Vital statistics of India. Vol. IV, Annual returns from 1871 to 1876. British Army of India, Native Army and jails of Bengal
Year: 1871
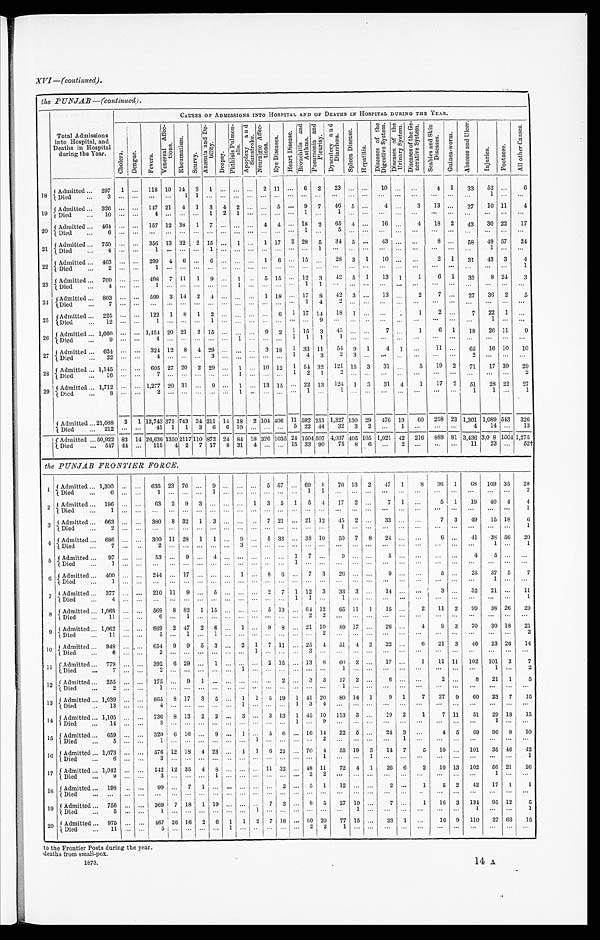
XVI —(continued).
the PUNJAB—(continued).
Total Admissions
into Hospital, and
Deaths in Hospital
during the Year.
CAUSES OF ADMISSIONS INTO HOSPITAL AND OF DEATHS IN HOSPITAL DURING TILE YEAR.
Ch o l e r a . De n g u e .
F e v e r s .
V e n e r e a l A f f e c - t i o n s .
R h e u m a t i s m .
S c u r v y . A n æ m i a a n d D e - b i l i t y .
D r o p s y . P h t h i s i s P u l m o n a l i s .
A p o p l e x y a n d S u n s t r o k e . N e u r a l g i c A f f e c t i o n s .
E y e D i s e a s e s .
H e a r t D i s e a s e .
B r o n c h i t i s a n d A s t h m a . P n e u m o n i a a n d P l e u r i s y . D y s e n t e r y a n d D i a r r h œ a .
S p l e e n D i s e a s e .
H e p a t i t i s .
D i s e a s e s o f t h e D i g e s t i v e S y s t e m . D i s e a s e s o f t h e U r i n a r y S y s t e m . D i s e a s e s o f t h e G e - p e r a t i v e S y s t e m .
S c a b i e s a n d S k i n D i s e a s e s .
G u i n e a - w o r m .
A b s c e s s a n d U l c e r .
I n j u r i e s . F o o t s o r e .
A l l o t h e r C a u s e s .
1 8 Admitted . . . 297 1 . . . 118 10 14 3 1
. . . . . . . . . 2 11
. . . 6 2 23
. . .
. . . 10
. . . . . .
. . .
4 1 33 52
. . . 6
Died . . .
3 . . .
. . .
. . . . . . 1 1 . . . . . . . . . . . . . . .
. . . . . . . . . . . .
. . . . . . . . . . . .
. . .
. . . . . . . . .
. . .
1
. . .
. . .
19 Admitted . . . 326 . . . . . . 1 147 21 4 1 3 4 2
. . . . . . 5
. . . 9 7 46 5
. . . 4
. . . 3 13 . . . 27 10 11
4
Died . . .
10 . . . . . . 4
. . . . . . . . . 1 2 1
. . . . . . . . .
. . . 1
. . . 1
. . . . . .
. . . . . . . . .
. . . . . .
. . .
. . .
. . .
. . .
20 Admitted . . . 464 . . . . . . 157 12 38 1 7
. . . . . . . . . 4 4
. . . 18 2 65 4
. . . 16
. . . 4 18 2 43 30 22 17
Died . . .
6 . . . . . . . . .
. . . . . . . . . . . . . . . . . . . . . . . . . . . . . . 1
. . . 5
. . . . . .
. . . . . . . . .
. . . . . . . . . . . .
. . .
. . .
2 1 Admitted . . . 750 . . . . . . 356 13 32 2 15
. . . 1
. . . 1 17 2 28 5 34 5
. . . 43
. . . . . .
8 . . . 58 49 5 7 24
Died . . .
4 . . . . . .
1 . . . . . . . . . 1 . . . . . . . . . . . .
. . . . . .
. . . 1 . . . . . . . . . . . .
. . . . . .
. . . . . .
. . . 1
. . .
. . .
2 2 Admitted . . . 463 . . . . . . 299 4 6
. . . 6
. . . . . . . . . 1 6
. . . 15
. . . 28 3 1 10
. . .
. . .
2 1 31 43 3
4
Died . . .
2 . . . . . .
1 . . . . . . . . . . . . . . . . . . . . . . . . . . . . . . . . . . . .
. . .
. . . . . .
. . . . . . . . .
. . . . . .
. . .
. . .
. . .
1
2 3 Admitted . . . 700 . . . . . . 498 7 11 1 9 . . . 1
. . . 5 15 . . . 12 3 42 5 1 13 1
1
6 1 33
8 24
3
Died . . .
4 . . . . . .
1
. . . . . . . . . . . . . . . 1 . . . . . .
. . . . . . 1
1 . . . . . . . . .
. . . . . .
. . .
. . .
. . .
. . .
. . .
. . .
. . .
2 4 Admitted . . . 803 . . . . . . 599 3 14 2
4 . . . . . . . . . 1 18
. . . 17 8 42 3
. . . 13
. . . 2
7 . . . 27 36 2
5
Died . . .
7 . . .. . .
. . . . . . . . . . . . . . . . . . . . . . . . . . .
. . . . . . 1
4 2
. . . . . .
. . . . . .
. . .
. . . . . .
. . .
. . .
. . .
. . .
2 5 Admitted . . .
225 . . . . . . 122 1 8 1 2
. . . . . . . . . . . . 6 1 17 14 18 1
. . . . . .
. . . 1
2 . . . 7 22 1
. . .
Died . . .
12 . . . . . .
1
. . . . . .
. . . 1 . . . . . . . . . . . . . . . . . . . . . 9 . . . . . . . . . . . .
. . . . . .
. . . . . .
. . .
1
. . . . . .
26 Admitted . . . 1,666 . . . . . . 1,454 20 21 2 15 . . . . . . . . . 9 2 1 15 3 45 . . . . . . 7
. . . 1
6 1 18 26 11
9
Died . . .
9 . . . . . .
4 . . . . . . . . . . . . . . . 1 . . . . . . . . . 1 1 1
1
. . . . . .
. . . . . .
. . .
. . . . . .
. . .
. . .
. . .
. . .
27
Admitted . . . 624 . . . . . . 324 12 8 4 29
. . . . . . . . . 3 18 1 33 11
5 4 9 1
4 1
. . . 11 . . . 65 16 10 10
Died . . .
22 . . . . . .
4 . . . . . . . . . 3 . . . . . . . . . . . .
. . . 1 4
3 2
3 . . .
. . . . . .
. . . . . . . . . 2 . . . . . .
. . .
2 8 Admitted . . . 1,145 . . . . . . 605 27 20 2 29
. . . 1
. . . 10 12 1 54 32 121 15 3 31
. . . 5 19 2 71 17 39 29
Died . . .
16 . . . . . .
7 . . . . . . . . . . . . . . . 1
. . . . . . . . . 1 2 1
2
. . . . . .
. . .
. . .
. . .
. . . . . .
. . .
. . .
. . .
2
2 9 Admitted . . . 1,712 . . . . . . 1,277 20 31
. . . 9
. . . 1
. . . 13 15
. . . 22 13
1 2 4 1 3 31 4
1 17 2 51 28 22 27
Died . . . 8 . . . . . .
2
. . . . . .
. . . . . . . . . 1 . . . . . .
. . . . . . 1
. . .
1
. . . . . . . . .
. . .
. . .
. . . . . .
1
1
. . . 1
Admitted . . .21,088 2 1 12,743 375 743 34 211 14 18 2 104 406 11 592 251 1,327 130 29 476 19 60 258 23 1,301 1,089 543 320
Died . . .
212 . . . . . . 45 1 1 3 6 6 10
. . . . . . . . . 5 22 44 32 3 2 . . . 1
. . .
. . . . . .
4 14
. . . 13
Admitted . . .50,922 83 14 26,636 1350 2117 110 872 24 84 18 326 1035 24 1504 507 4,037 405 105 1,021 42 216 888 81 3,436 3,0 8 1604 1,275
Died . . .
547 44 . . . 115 4 2 7 17 8 31 4
. . . . . . 15 33 90 75 8 6
. . . 2
. . .
. . . . . . 11 23
. . . 5 2 †
the PUNJAB FRONTIER TIER FORCE.
1 Admitted . . . 1,300 . . . . . . 635 23 76
. . . 9 . . . . . . . . . 5 57
. . . 69
8 70 13 2 47 1
8 36 1 68 109 35 28
Died . . .
6 . . . . . . 1
. . . . . . . . . 1
. . . . . . . . . . . . . . .
. . . 1
1 . . . . . . . . .
. . . . . .
. . .
. . .
. . . . . . . . . . . .
2
2 Admitted . . . 196 . . . . . . 63 2 9 3
. . . . . . . . . 1 3 5 1 5 4 17 2
. . . 7
1
. . .
5 1 19 40 4
4
Died . . .
1 . . .. . .
. . . . . . . . . . . . . . . . . . . . . . . . . . . . . . . . . . . . . . .
. . . . . . . . . . . .
. . .
. . . . . . . . .
. . .
. . .
. . . 1
3 Admitted . . . 663 . . . . . . 380 8 32 1 3
. . . . . . . . . 7 21
. . . 21 12
4 5 2
. . . 33
. . .
. . .
7 3 49 15 18
6
Died . . .
2 . . .. . .
. . . . . . . . . . . . . . . . . . . . . . . . . . .
. . . . . . . . . . . . 1
. . . . . .
. . . . . .
. . .
. . .
. . .
. . .
. . .
. . . 1
4 Admitted . . . 686 . . . . . . 300 11 28 1 1
. . . 9
. . . 5 33
. . . 38 10 50 7 8 24 . . .
. . .
6 . . .
4 1 38 56 20
Died . . .
7 . . . . . . 2
. . . . . . . . . . . . . . . 3
. . . . . .
. . . . . . . . . . . . . . . . . . . . .
. . . . . . . . .
. . . . . .
. . .
1
. . . 1
5 Admitted . . . 97 . . . . . . 53
. . . 9
. . . 4
. . . . . . . . . . . . . . . 1 7
. . . 9
. . . . . .
5 . . .
. . .
. . .
. . . 4 5
. . .
. . .
Died . . .
1 . . . . . . . . .
. . . . . . . . . . . . . . . . . . . . . . . . . . . 1 . . . . . .
. . .
. . . . . .
. . . . . .
. . .
. . . . . .
. . .
. . .
. . . . . .
6
Admitted . . . 400 . . .. . .
2 4 4 . . . 17
. . . . . . . . . 1
. . . 8 6
. . . 7 3 26
. . . . . .
9 . . .
. . . 5 . . . 25 37 5
7
Di t e d . . .
1 . . . . . .
. . . . . . . . . . . . . . . . . . . . . . . . . . . . . . . . . . . . . . .
. . . . . . . . . . . .
. . .
. . .
. . . . . .
. . .
1
. . . . . .
7 Admitted . . . 377 . . . . . . 210 11 9
. . . 5
. . . . . . . . . 2 7 1 12
3 33 3
. . . 14
. . .
. . .
3 . . . 32 21
. . . 11
Died . . .
4 . . .. . .
. . . . . . . . . . . . . . . . . . . . . . . . . . . . . . 1 1
. . . 1
. . . . . .
. . . . . .
. . .
. . . . . .
. . .
. . .
. . .
1
8 Admitted . . . 1,068 . . . . . . 569 8 82 1 15
. . . . . . . . . 5 13
. . . 64 12 65 11 1 15
. . . 2 11 2 99 38 26 2 9
Died . . .
11 . . . . . .
6 . . . 1 . . . . . . . . . . . . . . . . . .
. . . . . . 2
2
. . . . . . . . . . . .
. . . . . .
. . . . . .
. . .
. . .
. . . . . .
9 Admitted . . . 1,062 . . . . . . 669 2 47 2 6
. . . 1
. . . 9 8
. . . 21 10 89 17
. . . 26
. . . 4
9 3 70 30 18 21
Died . . .
11 . . . . . .
5 . . . 1 . . . . . . . . . . . . . . . . . .
. . . . . . . . . 2
. . . . . . . . . . . .
. . .
. . .
. . . . . .
. . .
. . .
. . . 2
10
Ad mi t t e d . . .
Di ed . . . 948 6 . . .
. . . . . .
. . . 654 2 9 . . . 9 . . . 5 . . . 3 . . . . . .
. . . 2 . . . 1 1 7
. . . 11
. . . . . .
. . . 25 . . . 4 . . . 51 . . . 4 . . .
2
. . .
22 . . . . . .
. . .
6
. . .
21
. . .
3
. . .
46 . . .
23
. . .
26 . . .
14
. . .
11 Admitted . . . 779 . . . . . . 392 6 29
. . . 1
. . . . . . . . . 2 15
. . . 13 6
6 0 2
. . . 17
. . . 1 11 11 102 101 3
7
Died . . .
7 . . .. . . 2
. . . . . . . . . . . . . . . 1 . . . . . .
. . . . . . . . . . . . 1
. . .
. . . . . .
. . .
. . .
. . . . . . 1
. . .
2
1 2 Admitted . . . 255 . . . . . . 175
. . . 9
1 . . . . . . . . . . . . . . . 2
. . . 3 3 17 2
. . . 6
. . .
. . .
2 . . . 8 21 1
5
Died . . .
2 . . . . . .
1 . . . . . . . . . . . . . . . . . . . . . . . . . . . . . . . . . . . . 1
. . . . . .
. . . . . .
. . . . . . . . .
. . .
. . .
. . . . . .
13 Admitted . . . 1,039 . . . . . . 665 8 17 3 5
. . . 1 1 5 19 1 41 20 80 14 1
9 1
7 27 9
6 0 23 7 15
Died . . .
13 . . . . . .
4 . . . . . . . . . . . . . . . 1 . . . . . .
. . . 1 3
4 . . . . . . . . .
. . . . . . . . .
. . . . . .
. . .
. . .
. . . . . .
14 Admitted . . . 1,105 . . . . . . 736 8 13 2 2
. . . 3
. . . 3 13 1 45 10 113 3
. . . 19 2
1
7 11 51 29 18 15
Died . . .
14 . . . . . .
3 . . . . . . . . . . . . . . . . . . . . . . . .
. . . 1 . . . 9 . . . . . . . . .
. . . . . . . . .
. . .
. . .
. . . . . . 1
. . .
. . .
15 Admitted . . .
Died . . . 659
5
. . .
. . . . . .
. . . 320 1
6 . . . 16 . . . . . .
. . . 9 . . . . . .
. . . 1 . . . . . .
1 5 . . . 6. . . . . .
. . . 16 . . .
142
22. . . 5 . . . . . .
. . . 24 . . . 3 1
. . .
. . .
4 . . . 5
. . . 89 . . . 96 . . . 8 . . .
10
. . .
16 Admitted . . . 1.073 . . . . . . 576 12 18 4 23
. . . 1 1 6 21
. . . 70 4 55 19 3 14 7
5 10 . . . 101 35 46 42
Died . . .
6 . . . . . .
3
. . . . . . . . . . . . . . . . . . . . . . . .
. . . . . . . . . 1
. . . . . . 1
. . . . . .
. . .
. . .
. . . . . . . . . . . . 1
17 Admitted . . . 1,042 . . . . . . 542 12 35 4 8 . . . . . . . . . 11 32
. . . 48 11 72 4 1 26 6
2 10 73 102 56 21 2 6
Died . . .
9 . . . . . .
3 . . . . . . . . . 1 . . . . . . . . . . . .
. . . . . . 2
2 . . . . . . . . . . . .
. . .
. . .
. . . . . .
. . . 1
. . .
. . .
1 8 Admitted . . . 198 . . . . . . 99
. . . 7 1
. . . . . . . . . . . . . . . 2
. . . 5 1 12 . . .
. . . 2
. . . 1
5 2 42 17 1
1
Died . . .
. . . . . . . . . . . .
. . . . . . . . . . . . . . . . . . . . . . . . . . . . . . . . . . . .
. . . . . . . . .
. . . . . .
. . .
. . . . . .
. . .
. . .
. . .
. . .
19 Admitted . . . 756 . . . . . . 369 7 18 1 19
. . . . . . . . . 7 3
. . . 8 5 27 19
. . .
7
. . . 1 16 3 134 95 12
5
Died . . .
5 . . . . . .
1
. . . . . . . . . . . . . . . . . . 1
. . . . . . . . . . . . . . .
. . . 1
. . . . . .
. . .
. . . . . . . . .
1
. . .
. . .
1
2 0 Admitted . . . 975 . . . . . . 467 26 16 2 6 1 1 2 7 18
. . . 50 20 77 15
. . . 23 1
. . . 16 9 110 27 66 1 5
Died . . .
11
. . . . . .
5 . . . . . . . . . . . . 1
. . . . . . . . .
. . . . . .
2
2 1
. . . . . .
. . . . . .
. . . . . . . . .
. . .
. . .
. . .
. . .
to the Frontier Posts during the year.
deaths from small-pox.
1873.
14 A